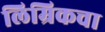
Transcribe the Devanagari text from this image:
लिम्रिकचा